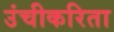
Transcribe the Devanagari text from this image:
उंचीकरिता